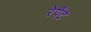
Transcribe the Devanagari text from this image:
रेपेंट